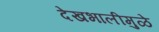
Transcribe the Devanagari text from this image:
देखभालीमुळे